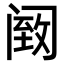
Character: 𫔵